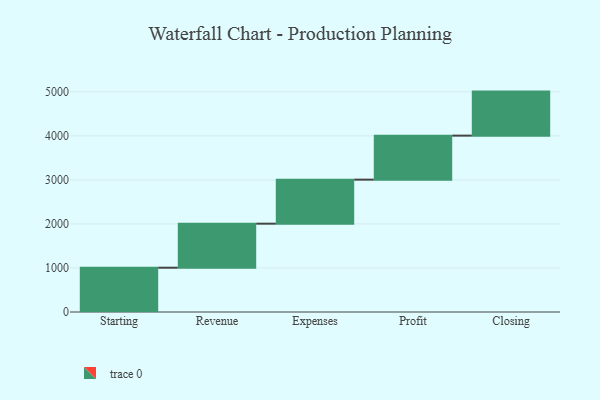
{"axis": {"x": "Step", "y": "Value"}, "legend": [""], "data": [{"x": "Starting", "y": 1006.0, "type": ""}, {"x": "Revenue", "y": 1000, "type": ""}, {"x": "Expenses", "y": 1000, "type": ""}, {"x": "Profit", "y": 1000, "type": ""}, {"x": "Closing", "y": 1000, "type": ""}]}